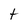
Character: t